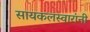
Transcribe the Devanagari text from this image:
सायकलस्वारांनी